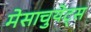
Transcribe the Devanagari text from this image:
मेसाचुयेट्स